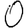
Digit: 0